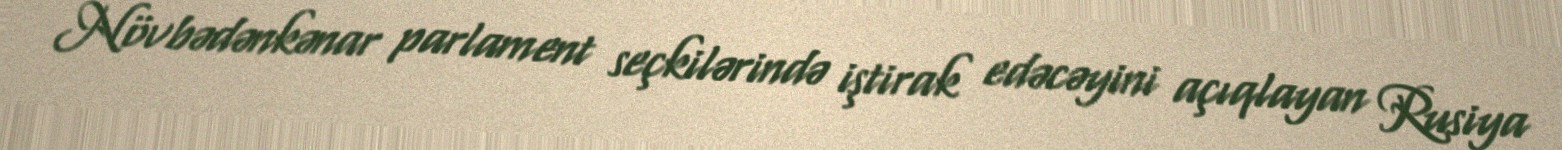
Növbədənkənar parlament seçkilərində iştirak edəcəyini açıqlayan Rusiya